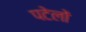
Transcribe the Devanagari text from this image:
पटेलों